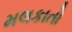
મલકાતો